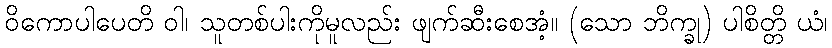
ဝိကောပါပေတိ ဝါ၊ သူတစ်ပါးကိုမူလည်း ဖျက်ဆီးစေအံ့။ (သော ဘိက္ခု) ပါစိတ္တိ ယံ၊